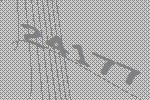
24177